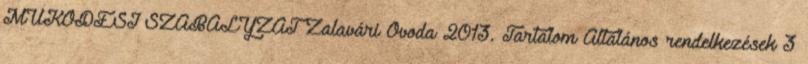
MŰKÖDÉSI SZABÁLYZAT Zalavári Óvoda 2013. Tartalom Általános rendelkezések 3